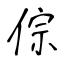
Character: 倧